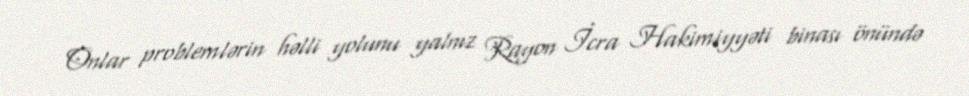
Onlar problemlərin həlli yolunu yalnız Rayon İcra Hakimiyyəti binası önündə